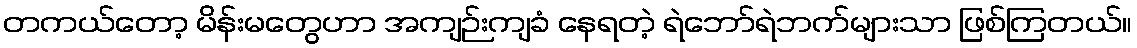
တကယ်တော့ မိန်းမတွေဟာ အကျဉ်းကျခံ နေရတဲ့ ရဲဘော်ရဲဘက်များသာ ဖြစ်ကြတယ်။